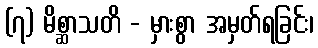
(၇) မိစ္ဆာသတိ - မှားစွာ အမှတ်ရခြင်း၊